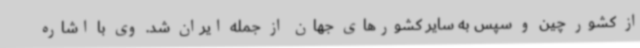
از کشور چین و سپس به سایر کشورهای جهان از جمله ایران شد. وی با اشاره